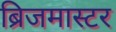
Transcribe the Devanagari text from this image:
ब्रिजमास्टर